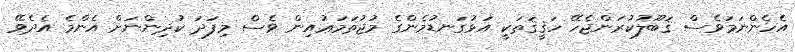
އެހެންނަމަވެސް ޤަބޫލުކުރަންޖެހޭ ހަޤީޤަތަކީ އަޅުގަނޑުމެންގެ މުޖުތަމަޢުއިން ވެސް މިފަދަ ކުދިންނަށް އެންމެ އެދެވޭ